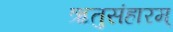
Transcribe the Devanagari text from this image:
ऋतुसंहारम्